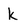
Character: k